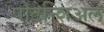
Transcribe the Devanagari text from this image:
पोटेन्शिअल